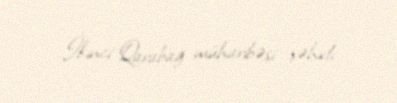
İkinci Qarabağ müharibəsi şəhidi.